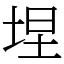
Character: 㘿